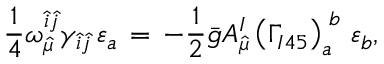
\frac { 1 } { 4 } \omega _ { \hat { \mu } } ^ { \hat { i } \hat { j } } \gamma _ { \hat { i } \hat { j } } \, \varepsilon _ { a } \, = \, - \frac { 1 } { 2 } \bar { g } A _ { \hat { \mu } } ^ { I } \left( \Gamma _ { I 4 5 } \right) _ { a } ^ { \; b } \, \varepsilon _ { b } ,